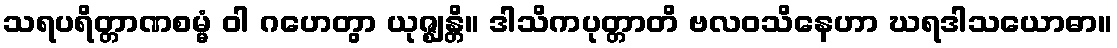
သရပရိတ္တာဏစမ္မံ ဝါ ဂဟေတွာ ယုဇ္ဈန္တိ။ ဒါသိကပုတ္တာတိ ဗလဝသိနေဟာ ဃရဒါသယောဓာ။